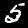
Label: 5